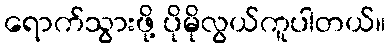
ရောက်သွားဖို့ ပိုမိုလွယ်ကူပါတယ်။